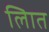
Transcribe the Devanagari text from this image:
लिात